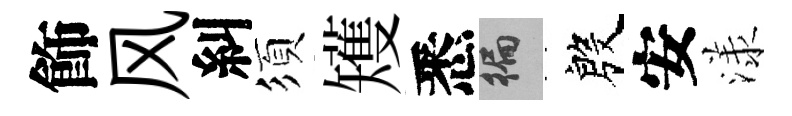
飾风糾須矱悉徧殷安漾